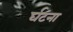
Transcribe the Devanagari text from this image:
र्घटना